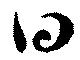
曰